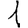
Digit: 1